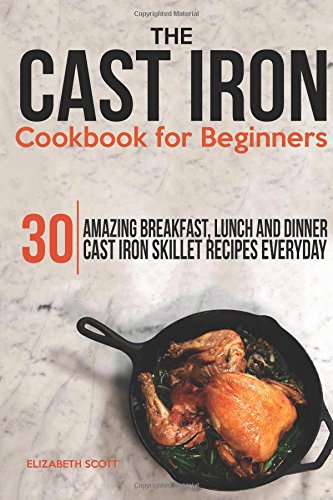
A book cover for The Cast Iron Cookbook For Beginners: 30 Amazing Breakfast, Lunch and Dinner Cast Iron Skillet Recipes Everyday; Elizabeth Scott; Cookbooks, Food & Wine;